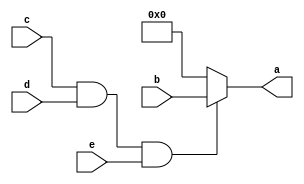
module mux16_8x1_and(a, b, c, d, e);
	output [15:0]a;
	input [15:0]b;
	input c,d,e;
	wire validacion;
	assign validacion = (c & d & e);
assign a = validacion? b: 16'b00;
endmodule